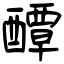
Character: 醰